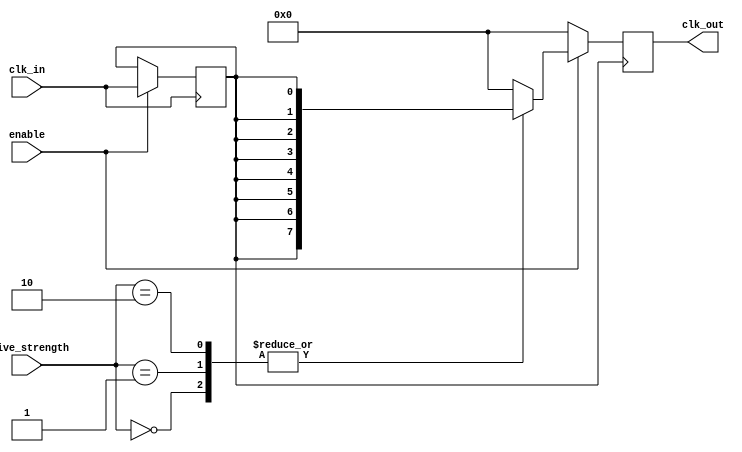
module HighFanoutClockBuffer (
    input wire clk_in,                // Input clock signal
    input wire enable,                // Enable signal for the clock buffer
    input wire [1:0] drive_strength,  // Drive strength control (00: low, 01: medium, 10: high)
    output reg [N-1:0] clk_out        // Output clock signals (N outputs)
);
    parameter N = 8;                  // Number of outputs
    parameter DELAY = 2;              // Propagation delay in simulation units

    // Internal signals
    reg clk_buf;                      // Buffered clock signal

    // Input Stage: Simple buffer with enable functionality
    always @(posedge clk_in) begin
        if (enable) begin
            clk_buf <= clk_in;        // Buffer the input clock
        end
    end

    // Buffering Stage: Distributing the buffered clock signal
    always @(posedge clk_buf) begin
        // Simulate propagation delay
        #DELAY;
        if (enable) begin
            case (drive_strength)
                2'b00: clk_out <= {N{clk_buf}}; // Low drive strength
                2'b01: clk_out <= {N{clk_buf}}; // Medium drive strength
                2'b10: clk_out <= {N{clk_buf}}; // High drive strength
                default: clk_out <= {N{1'b0}};   // Default to low if invalid
            endcase
        end else begin
            clk_out <= {N{1'b0}};             // Isolate outputs when not enabled
        end
    end

endmodule